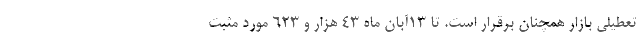
تعطیلی بازار همچنان برقرار است. تا ۱۳آبان ماه ۴۳ هزار و ۶۲۳ مورد مثبت